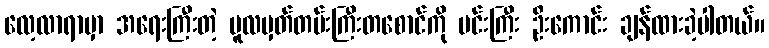
လေ့လာရာမှာ အရေးကြီးတဲ့ မူလမှတ်တမ်းကြီးတစောင်ကို မင်းကြီး ဦးကောင်း ချန်ထားခဲ့ပါတယ်။